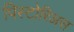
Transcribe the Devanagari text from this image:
पिस्टोरिअस